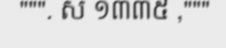
""". ស ១៣៣៥ ,"""